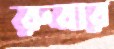
রুবার